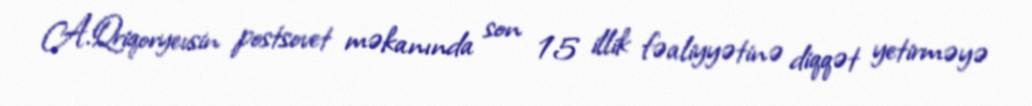
A.Qriqoryevsin postsovet məkanında son 15 illik fəaliyyətinə diqqət yetirməyə